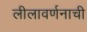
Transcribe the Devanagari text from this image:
लीलावर्णनाची